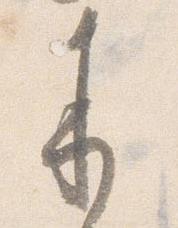
来